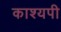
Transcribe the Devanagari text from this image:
काश्यपी